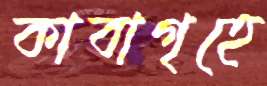
কাবাগৃহে